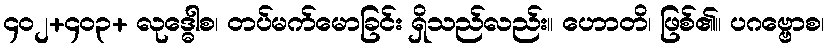
၄၀၂+၄၀၃+ လုဒ္ဓေါစ၊ တပ်မက်မောခြင်း ရှိသည်လည်း။ ဟောတိ၊ ဖြစ်၏။ ပဂဗ္ဗောစ၊